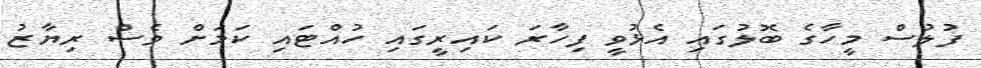
ފުލުސް މީހާގެ ބޮލުގައި އެޅުވީ ފިހާރަ ކައިރީގައި ހުއްޓައި ކަމަށް ވެސް ރިޔާޒު